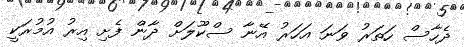
ދެހާސް ހަތަރު ވަނަ އަހަރު އޭނާ ސްކޫލަށް ދާން ފެށި އިރު އުމުރަކީ